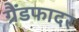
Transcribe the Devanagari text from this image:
ग्रैंडफादर